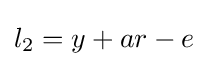
l_{2}=y+ar-e